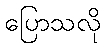
ပြောသလို